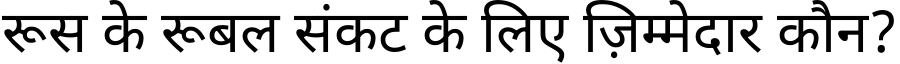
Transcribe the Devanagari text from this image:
रूस के रूबल संकट के लिए ज़िम्मेदार कौन?